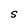
Character: S